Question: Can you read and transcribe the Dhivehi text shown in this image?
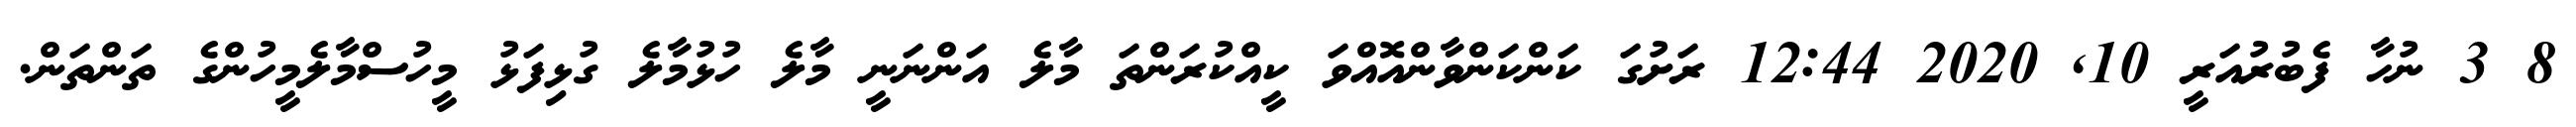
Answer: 8 3 ނުހާ ފެބުރުއަރީ 10, 2020 12:44 ރަށުގަ ކަންކަންވާންއޮއްވަ ކީއްކުރަންތަ މާލެ އަންނަނީ މާލެ ހުޅުމާލެ ގުޅިފަޅު މީހުސްމާލެމީހުންގެ ތަންތަން.